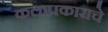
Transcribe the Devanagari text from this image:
कलाप्रकाराचे